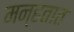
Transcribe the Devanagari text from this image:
मन्हतात